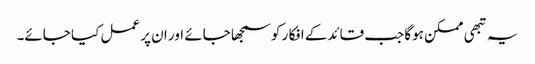
یہ تبھی ممکن ہوگا جب قائدکے افکا ر کو سمجھا جائے اور ان پر عمل کیا جائے۔